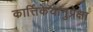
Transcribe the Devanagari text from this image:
कार्त्तिकेयानुप्रेक्षा